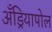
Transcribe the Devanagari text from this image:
अँड्रियापोल